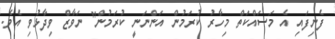
ފެނިފައި އެ މަސައްކަތް މިހާރު ކުރަމުން އަންނަނީ ކުރަމުން" ނަވާޒް ވިދާޅުވި އެވެ.